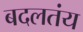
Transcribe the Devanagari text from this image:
बदलतंय